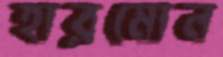
হারমোন